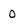
Character: 0